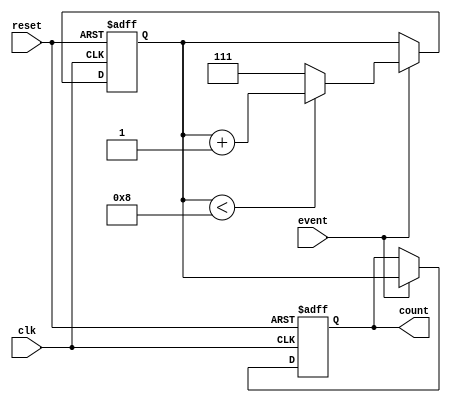
module windowed_counter #(
    parameter WINDOW_SIZE = 8, // Configurable window size
    parameter COUNT_WIDTH = $clog2(WINDOW_SIZE) // Width of the count output
)(
    input wire clk,              // Clock signal
    input wire reset,            // Reset signal (active high)
    input wire event,            // Event signal to increment the counter
    output reg [COUNT_WIDTH-1:0] count // Current count value
);

    // Internal register to track the number of events
    reg [COUNT_WIDTH-1:0] event_count;

    // Always block triggered on the rising edge of the clock
    always @(posedge clk or posedge reset) begin
        if (reset) begin
            // Reset the count to zero
            event_count <= 0;
            count <= 0;
        end else if (event) begin
            // Check if the current count is less than the window size
            if (event_count < WINDOW_SIZE) begin
                // Increment the count if within the window size
                event_count <= event_count + 1;
            end else begin
                // If window is full, reset the count to maximum
                // This can be modified to handle overflow differently
                event_count <= WINDOW_SIZE - 1; // Saturate at max
            end
            // Update the output count
            count <= event_count;
        end
    end

endmodule